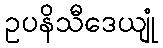
ဥပနိသီဒေယျုံ